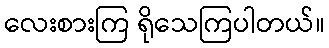
လေးစားကြ ရိုသေကြပါတယ်။